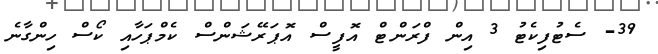
39- ސެޓުފިކެޓު 3 އިން ފްރަންޓް އޮފީސް އޮޕަރޭޝަންސް ކެމްޕަހާއި ކޯސް ހިންގާނެ